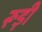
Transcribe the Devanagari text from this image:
रूड़ी